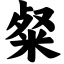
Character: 粲